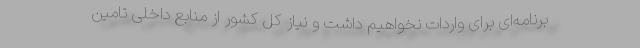
برنامه‌ای برای واردات نخواهیم داشت و نیاز کل کشور از منابع داخلی تامین